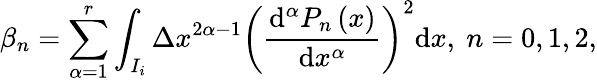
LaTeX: \beta_{n}=\sum_{\alpha=1}^{r}\int_{I_{i}}\Delta x^{2\alpha-1}\left({\frac{\mathrm{d}^{\alpha}P_{n}\left(x\right)}{\mathrm{d}x^{\alpha}}}\right)^{2}{\mathrm{d}x},~n=0,1,2,